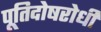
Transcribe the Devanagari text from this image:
पूतिदोषरोधी